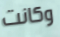
وكانت